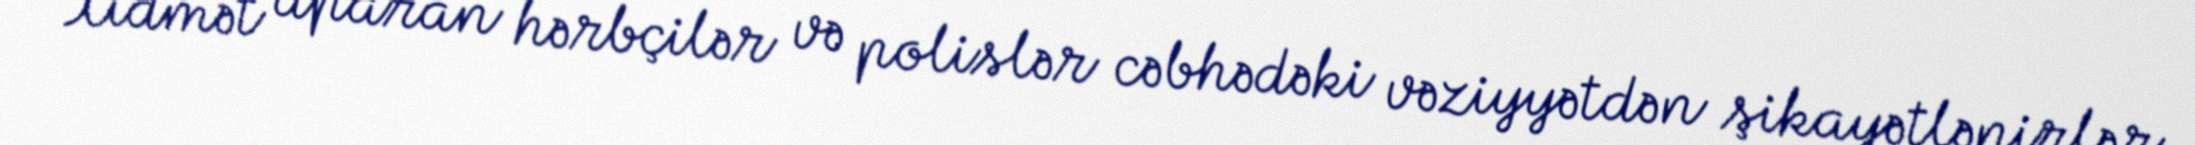
Xidmət aparan hərbçilər və polislər cəbhədəki vəziyyətdən şikayətlənirlər,